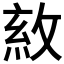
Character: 𢽺